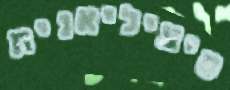
סיציליאנית